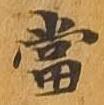
当